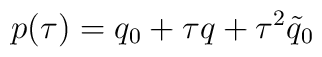
p(\tau) = q_0 + \tau q + \tau^2 \tilde{q}_{0}